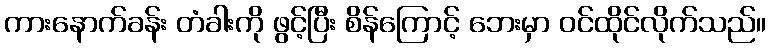
ကားနောက်ခန်း တံခါးကို ဖွင့်ပြီး စိန်ကြောင့် ဘေးမှာ ဝင်ထိုင်လိုက်သည်။